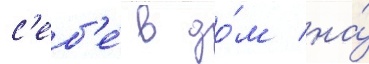
с'еб'е́ в до́м на́